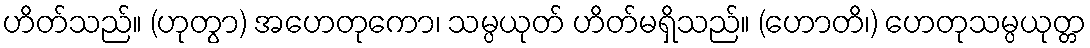
ဟိတ်သည်။ (ဟုတွာ) အဟေတုကော၊ သမ္ပယုတ် ဟိတ်မရှိသည်။ (ဟောတိ၊) ဟေတုသမ္ပယုတ္တ